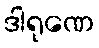
ဒါရုဏေ